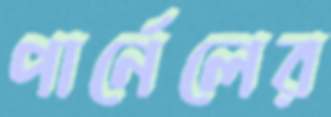
পার্নেলের